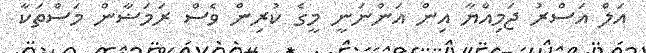
އަލް އަސްރު ޖަމިއްޔާ އިން އަންނަނީ މީގެ ކުރިން ވެސް ރަމަޟާން މަސްތަކާ